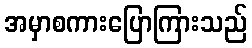
အမှာစကားပြောကြားသည်